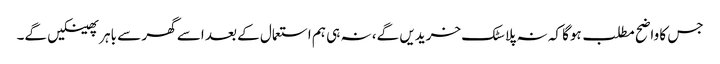
جس کا واضح مطلب ہوگا کہ نہ پلاسٹک خریدیں گے، نہ ہی ہم استعمال کے بعد اسے گھر سے باہر پھینکیں گے۔